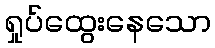
ရှုပ်ထွေးနေသော